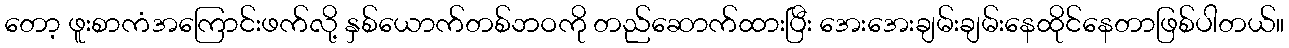
တော့ ဖူးစာကံအကြောင်းဖက်လို့ နှစ်ယောက်တစ်ဘဝကို တည်ဆောက်ထားပြီး အေးအေးချမ်းချမ်းနေထိုင်နေတာဖြစ်ပါတယ်။